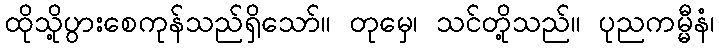
ထိုသို့ပွားစေကုန်သည်ရှိသော်။ တုမှေ၊ သင်တို့သည်။ ပုညကမ္မီနံ၊